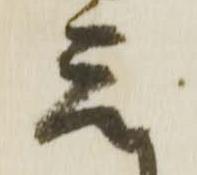
元